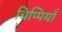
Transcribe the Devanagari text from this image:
चिप्पियाँ